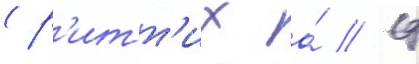
(р'итт'их а́ // Ф